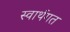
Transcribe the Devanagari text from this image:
स्वार्थगत